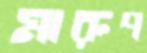
মারুপ